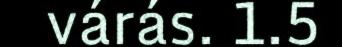
várás. 1.5